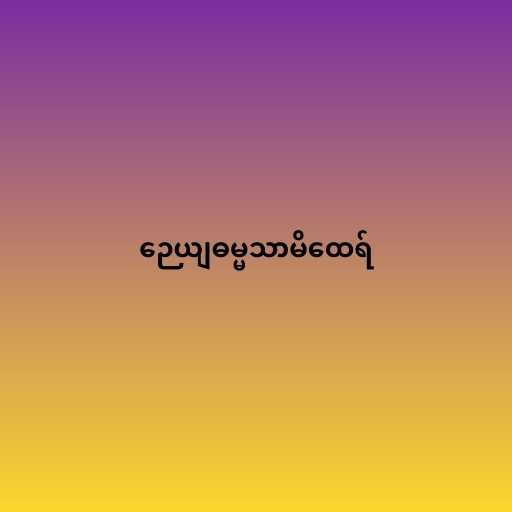
ဉေယျဓမ္မသာမိထေရ်